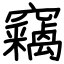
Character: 竊